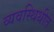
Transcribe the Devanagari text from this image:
व्यवस्थिथीत